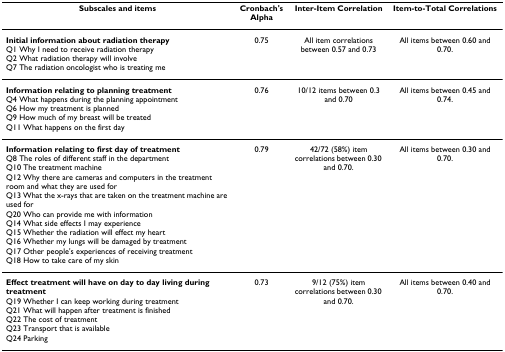
<table><thead><tr><td><b>Subscales and items</b></td><td><b>Cronbach&#x27;s Alpha</b></td><td><b>Inter-Item Correlation</b></td><td><b>Item-to-Total Correlations</b></td></tr></thead><tbody><tr><td><b>Initial information about radiation therapy</b>Q1 Why I need to receive radiation therapyQ2 What radiation therapy will involveQ7 The radiation oncologist who is treating me</td><td>0.75</td><td>All item correlations between 0.57 and 0.73</td><td>All items between 0.60 and 0.70.</td></tr><tr><td><b>Information relating to planning treatment</b>Q4 What happens during the planning appointmentQ6 How my treatment is plannedQ9 How much of my breast will be treatedQ11 What happens on the first day</td><td>0.76</td><td>10/12 items between 0.3 and 0.70</td><td>All items between 0.45 and 0.74.</td></tr><tr><td><b>Information relating to first day of treatment</b>Q8 The roles of different staff in the departmentQ10 The treatment machineQ12 Why there are cameras and computers in the treatment room and what they are used forQ13 What the x-rays that are taken on the treatment machine are used forQ20 Who can provide me with informationQ14 What side effects I may experienceQ15 Whether the radiation will effect my heartQ16 Whether my lungs will be damaged by treatmentQ17 Other people&#x27;s experiences of receiving treatmentQ18 How to take care of my skin</td><td>0.79</td><td>42/72 (58%) item correlations between 0.30 and 0.70.</td><td>All items between 0.30 and 0.70.</td></tr><tr><td><b>Effect treatment will have on day to day living during treatment</b>Q19 Whether I can keep working during treatmentQ21 What will happen after treatment is finishedQ22 The cost of treatmentQ23 Transport that is availableQ24 Parking</td><td>0.73</td><td>9/12 (75%) item correlations between 0.30 and 0.70.</td><td>All items between 0.40 and 0.70.</td></tr></tbody></table>